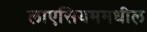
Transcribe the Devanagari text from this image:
लाएसियममधील